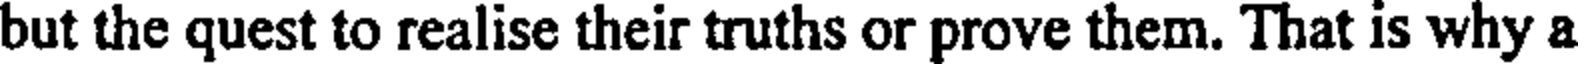
but the quest to realise their truths or prove them. That is why a